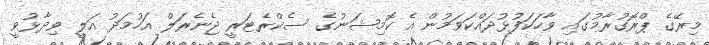
މިރޭގެ ޕްރޮގުރާމުގައި ވާހަކަފުޅުދައްކަވަމުން އެ ކޮމިޝަނުގެ ސެކްރެޓަރީ ޖެނެރަލް އަހުމަދު އަލީ ވިދާޅުވީ